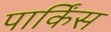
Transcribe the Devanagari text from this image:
पार्किंस